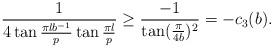
LaTeX: \begin{align*} \frac{1}{4\tan \frac{\pi lb^{-1}}{p}\tan\frac{\pi l}{p}}\geq \frac{-1}{\tan (\frac{\pi}{4b})^2}=-c_3(b). \end{align*}